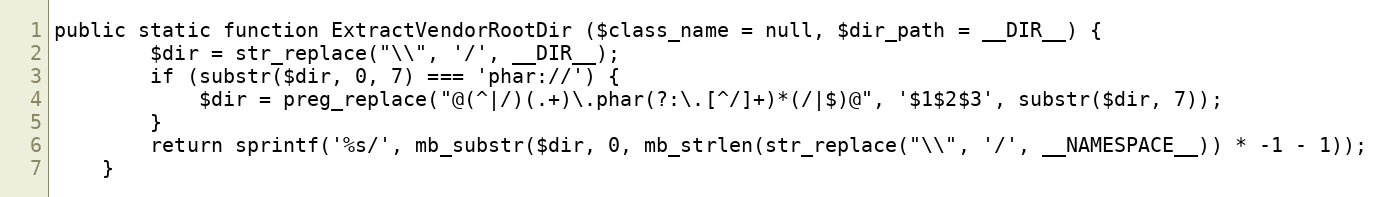
Language: PHP
public static function ExtractVendorRootDir ($class_name = null, $dir_path = __DIR__) {
		$dir = str_replace("\\", '/', __DIR__);
		if (substr($dir, 0, 7) === 'phar://') {
			$dir = preg_replace("@(^|/)(.+)\.phar(?:\.[^/]+)*(/|$)@", '$1$2$3', substr($dir, 7));
		}
		return sprintf('%s/', mb_substr($dir, 0, mb_strlen(str_replace("\\", '/', __NAMESPACE__)) * -1 - 1));
	}